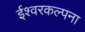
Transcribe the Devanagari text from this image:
ईश्वरकल्पना